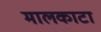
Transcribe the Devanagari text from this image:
मालकाटा